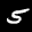
Label: 5